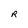
Character: R